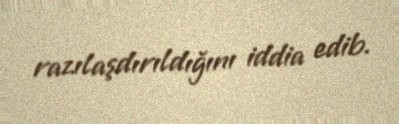
razılaşdırıldığını iddia edib.